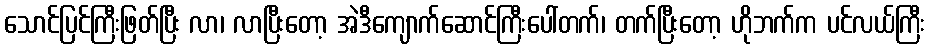
သောင်ပြင်ကြီးဖြတ်ပြီး လာ၊ လာပြီးတော့ အဲဒီကျောက်ဆောင်ကြီးပေါ်တက်၊ တက်ပြီးတော့ ဟိုဘက်က ပင်လယ်ကြီး